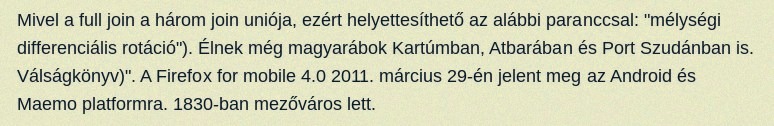
Mivel a full join a három join uniója, ezért helyettesíthető az alábbi paranccsal: "mélységi differenciális rotáció"). Élnek még magyarábok Kartúmban, Atbarában és Port Szudánban is. Válságkönyv)". A Firefox for mobile 4.0 2011. március 29-én jelent meg az Android és Maemo platformra. 1830-ban mezőváros lett.